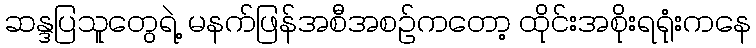
ဆန္ဒပြသူတွေရဲ့ မနက်ဖြန်အစီအစဉ်ကတော့ ထိုင်းအစိုးရရုံးကနေ